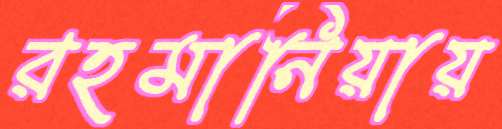
রহমানিয়ায়